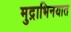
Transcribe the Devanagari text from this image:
मुद्राभिनयात